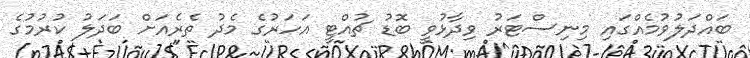
ބައްދަލުވުމެއްގައި މިނިސްޓަރު ވިދާޅުވީ ބޮޑު ޗުއްޓީ އަހަރުގެ މެދު ތެރެއަށް ބަދަލު ކުރުމުގެ